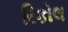
રિકોલ